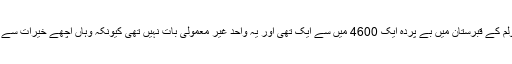
اس کی قبر 80 اور 5500 قبل مسیح کے مابین اسکیٹہولم کے قبرستان میں بے پردہ ایک 4600 میں سے ایک تھی اور یہ واحد غیر معمولی بات نہیں تھی کیونکہ وہاں اچھے خیرات سے لیس کتے اور واحد کتے والے لوگوں کے جنازے تھے۔